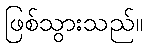
ဖြစ်သွားသည်။